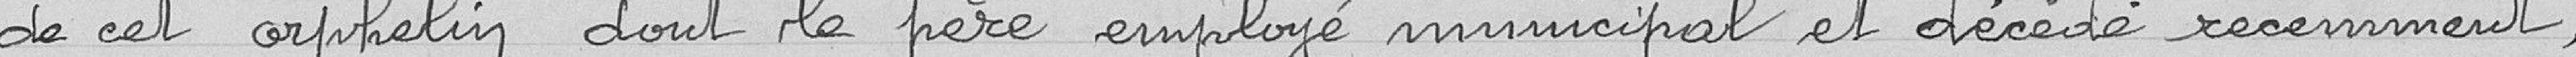
de cet orphelin dont le père, employé municipal et décédé récemment